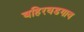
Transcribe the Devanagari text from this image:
बहिरवडगाव